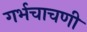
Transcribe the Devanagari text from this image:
गर्भचाचणी